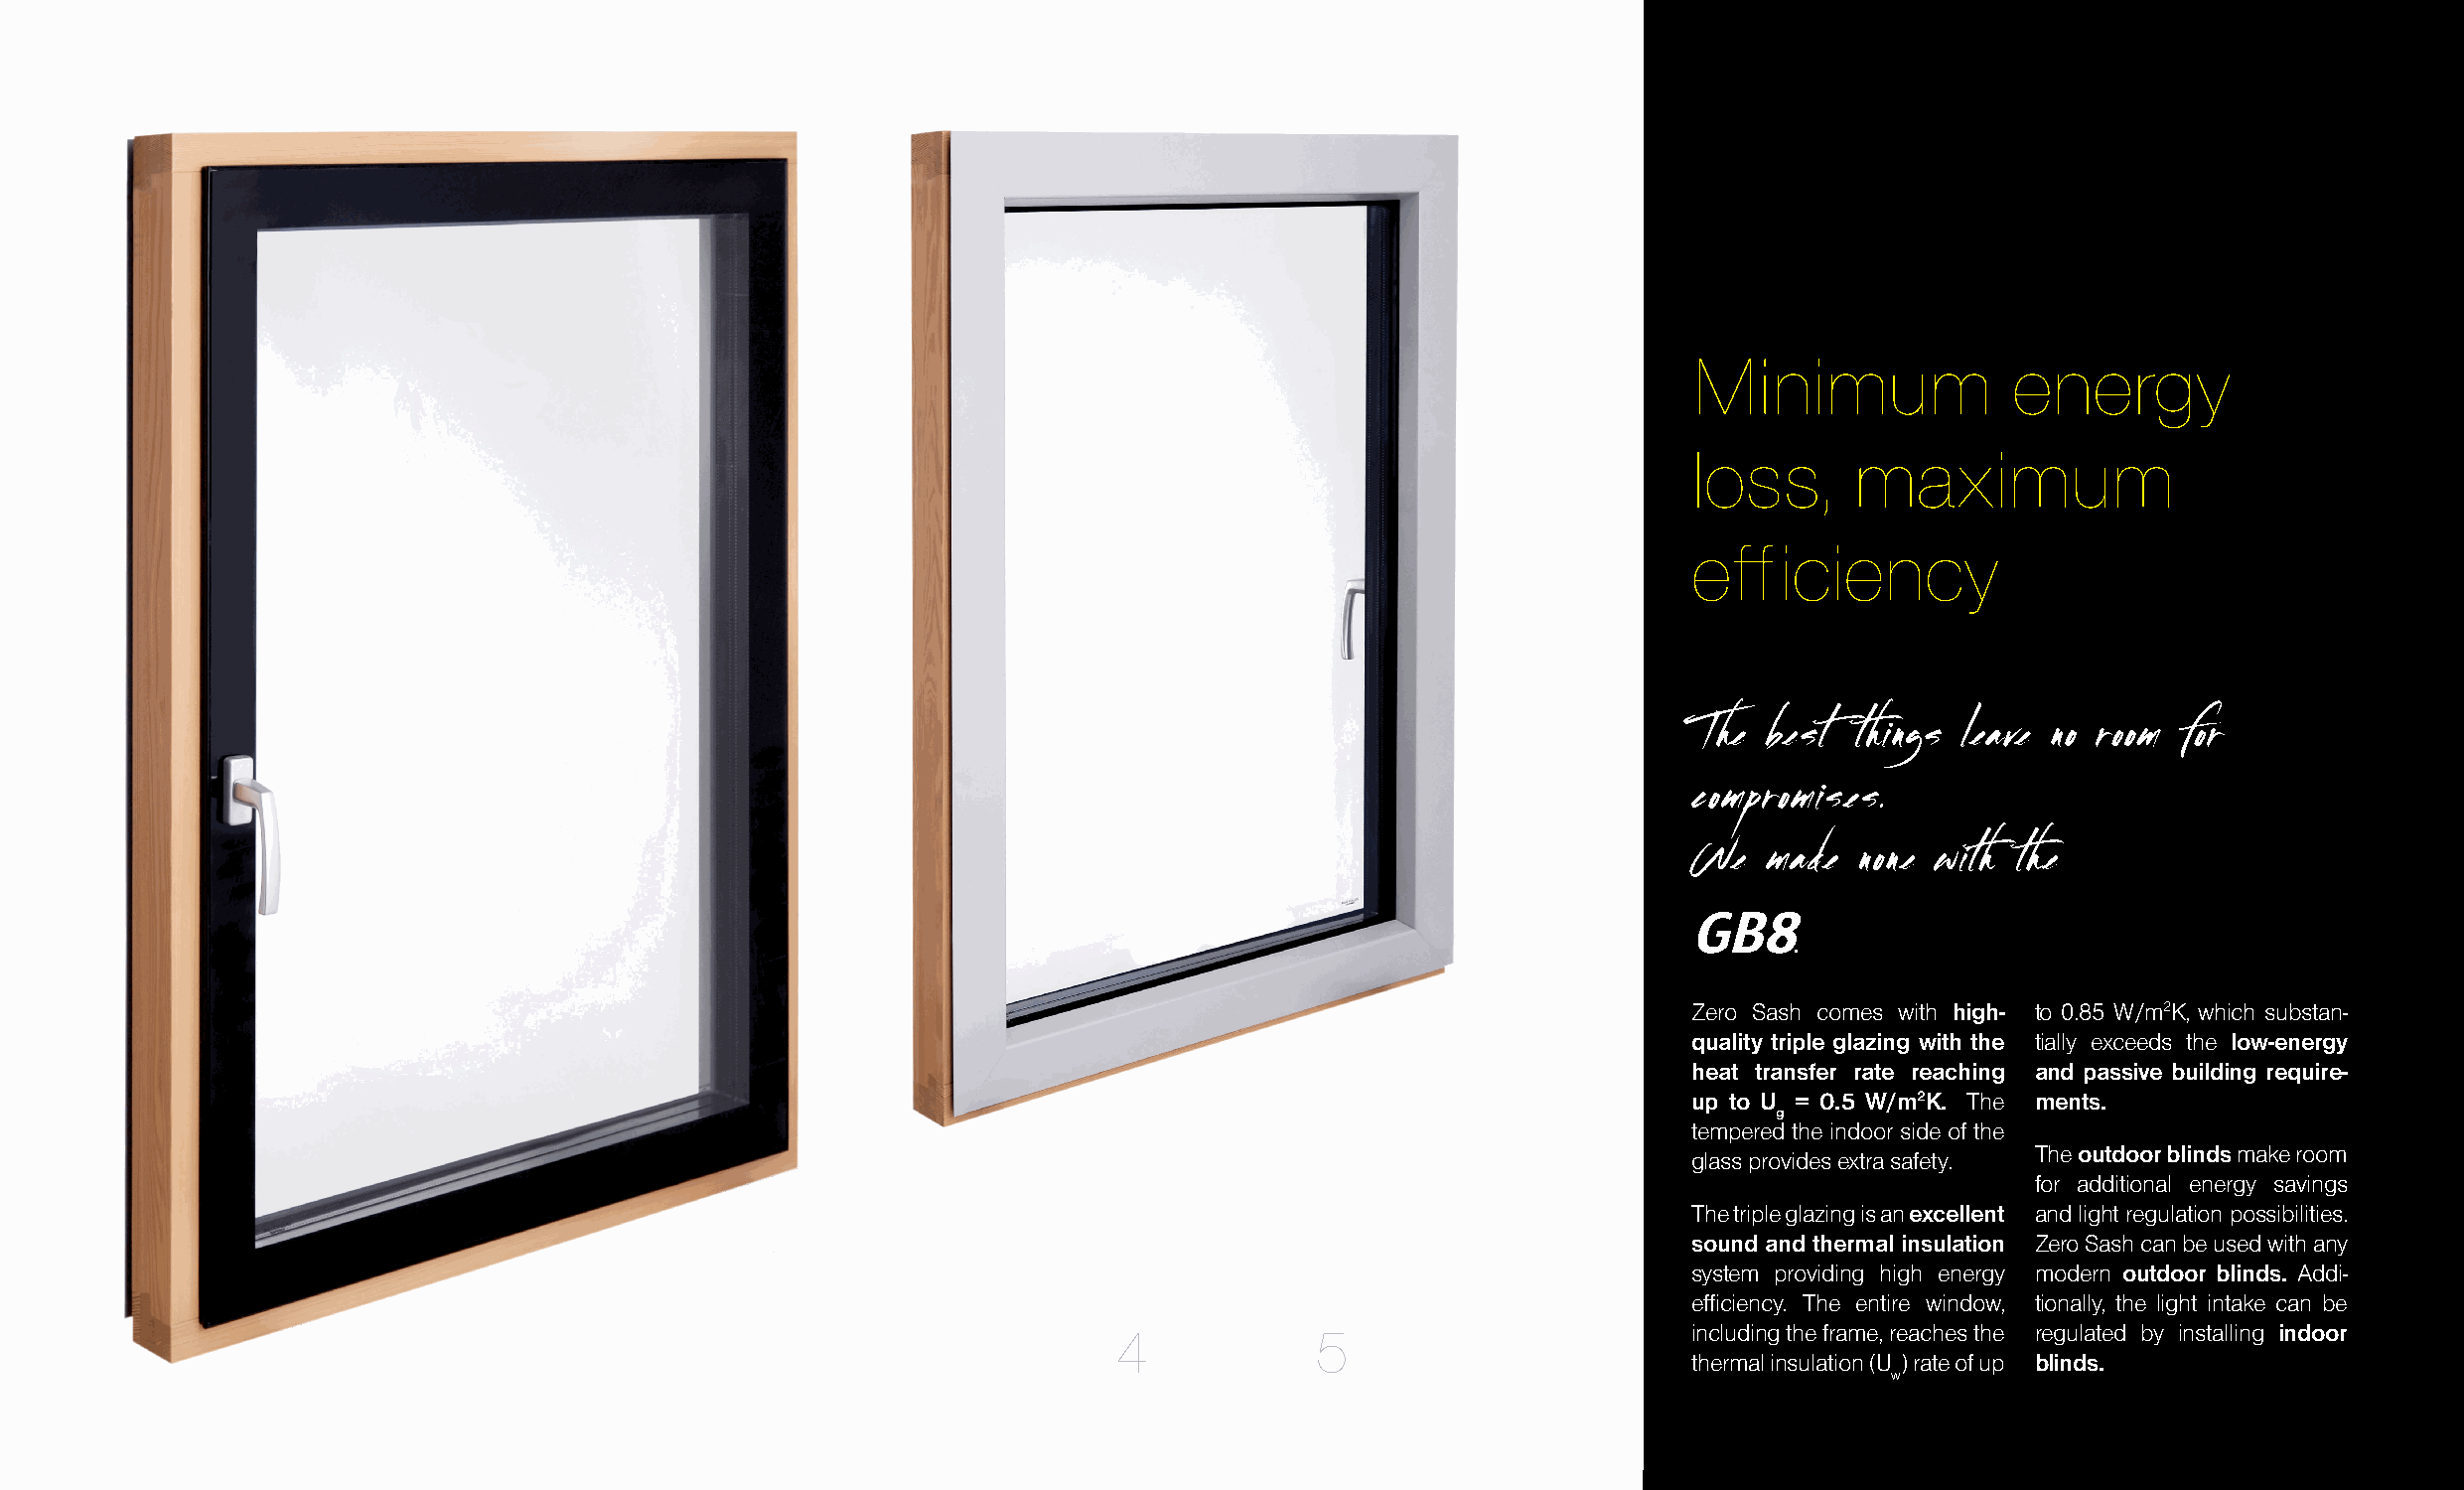
Minimum              energy
 loss,      maximum
 efficiency
 The  best  things leave no room for
 compromises.
 We   made  none with the
 GB8
 .
 Zero Sash comes with high- to 0.85 W/m2K, which substan-
 quality triple glazing with the tially exceeds the low-energy
 heat transfer rate reaching and passive building require-
 up to U = 0.5 W/m2K. The ments.
 g
 tempered the indoor side of the
 glass provides extra safety. The outdoor blinds make room
 for additional energy savings
 The triple glazing is an excellent and light regulation possibilities.
 sound and thermal insulation Zero Sash can be used with any
 system providing high energy modern outdoor blinds. Addi-
 efficiency. The entire window, tionally, the light intake can be
 4             5                        including the frame, reaches the regulated by installing indoor
 thermal insulation (U ) rate of up blinds.
 w